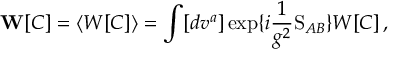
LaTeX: { \bf W } [ C ] = \langle W [ C ] \rangle = \int [ d v ^ { a } ] \exp \{ i \frac { 1 } { g ^ { 2 } } \mathrm { S } _ { A B } \} W [ C ] \, ,